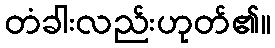
တံခါးလည်းဟုတ်၏။